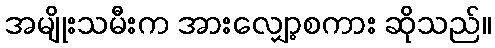
အမျိုးသမီးက အားလျှော့စကား ဆိုသည်။